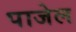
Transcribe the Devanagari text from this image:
पाजेल